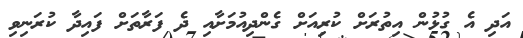
އަދި އެ ގުޅުން އިތުރަށް ކުރިއަށް ގެންދިއުމަށާއި ދެ ފަރާތަށް ފައިދާ ކުރަނިވި